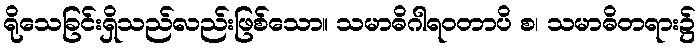
ရိုသေခြင်းရှိသည်လည်းဖြစ်သော။ သမာဓိဂါရဝတာပိ စ၊ သမာဓိတရား၌